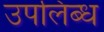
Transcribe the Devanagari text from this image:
उपलिब्ध